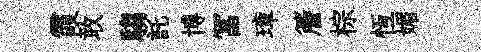
霞敢騶託博冨璋簷棕恆媚